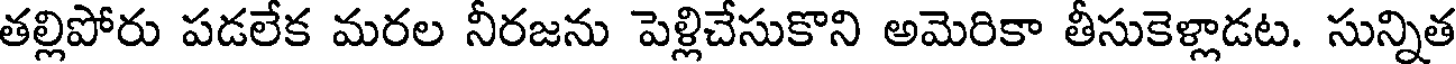
తల్లిపోరు పడలేక మరల నీరజను పెళ్లిచేసుకొని అమెరికా తీసుకెళ్లాడట. సున్నిత